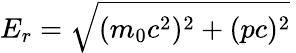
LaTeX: E_{r}={\sqrt{(m_{0}c^{2})^{2}+(pc)^{2}}}\,